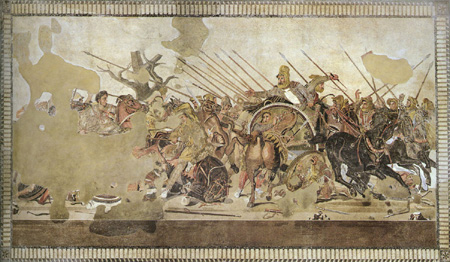
为其象人而用之也。如之何其使斯民饥而死也。